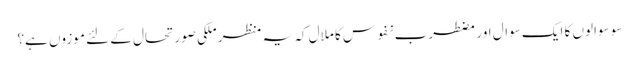
سو سوالوں کا ایک سوال اور مضطرب نفوس کا ملال کہ یہ منظر ملکی صورتحال کے لئے موزوں ہے؟